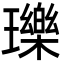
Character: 瓅